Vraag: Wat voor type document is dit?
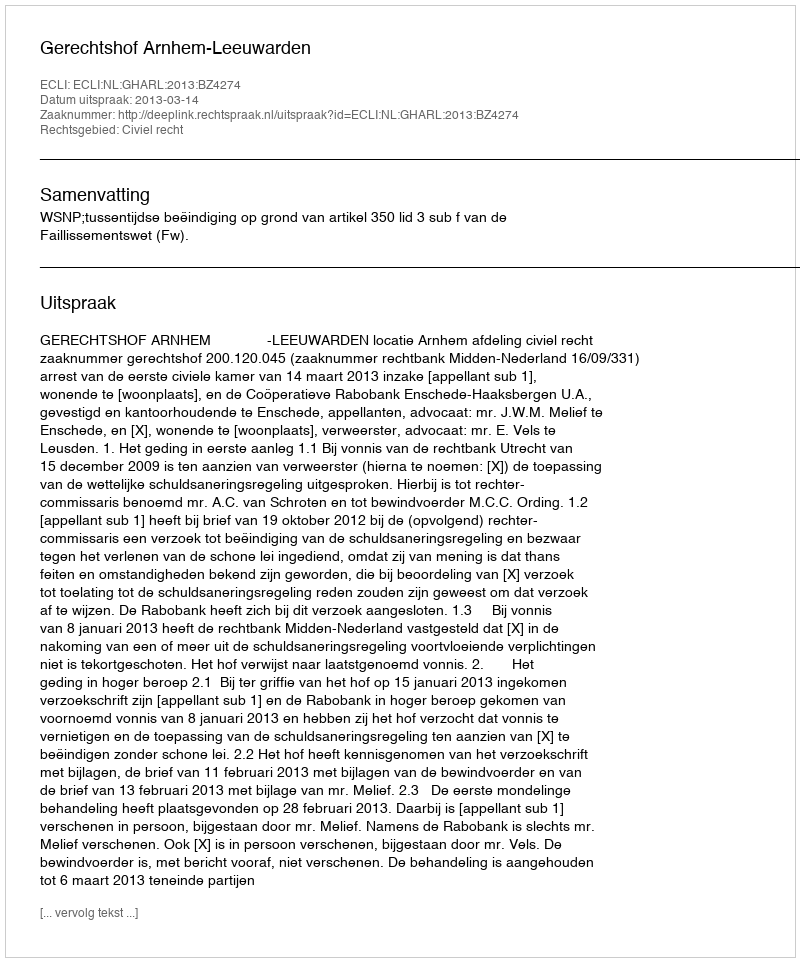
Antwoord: Uitspraak